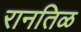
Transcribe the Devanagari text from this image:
रानतिळ